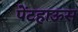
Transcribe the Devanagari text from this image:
पेंटहाऊस